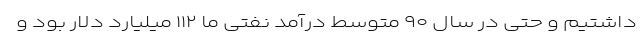
داشتیم و حتی در سال ۹۰ متوسط درآمد نفتی ما ۱۱۲ میلیارد دلار بود و